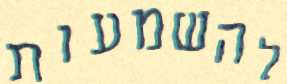
להשמעות